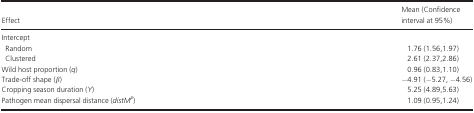
<table><thead><tr><td><b>Effect</b></td><td><b>Mean (Confidence interval at 95%)</b></td></tr></thead><tbody><tr><td colspan="2">Intercept</td></tr><tr><td> Random</td><td>1.76 (1.56,1.97)</td></tr><tr><td> Clustered</td><td>2.61 (2.37,2.86)</td></tr><tr><td>Wild host proportion (<i>q</i>)</td><td>0.96 (0.83,1.10)</td></tr><tr><td>Trade-off shape (<i>β</i>)</td><td>−4.91 (−5.27, −4.56)</td></tr><tr><td>Cropping season duration (<i>Y</i>)</td><td>5.25 (4.89,5.63)</td></tr><tr><td>Pathogen mean dispersal distance (<i>distM</i><sup><i>P</i></sup>)</td><td>1.09 (0.95,1.24)</td></tr></tbody></table>